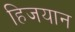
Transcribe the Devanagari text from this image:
हिजयान